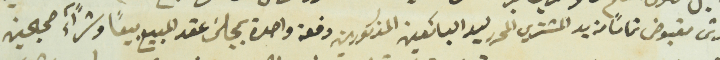
قرش مقبوض تماماً من يد المشتري المحرر ليد البائعين المذكورين دفعة واحدة بمجلسَ عقد المبيع بيعاً وشرآءً صحيحين